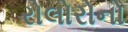
રોલોરોનો